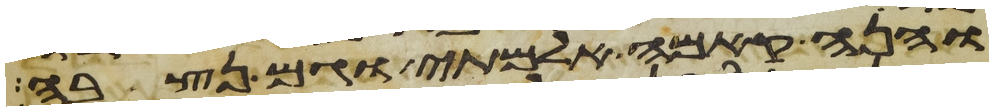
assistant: והנה קמה אלמתי וגם נצבה